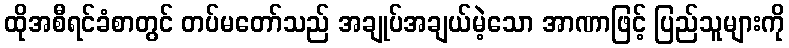
ထိုအစီရင်ခံစာတွင် တပ်မတော်သည် အချုပ်အချယ်မဲ့သော အာဏာဖြင့် ပြည်သူများကို